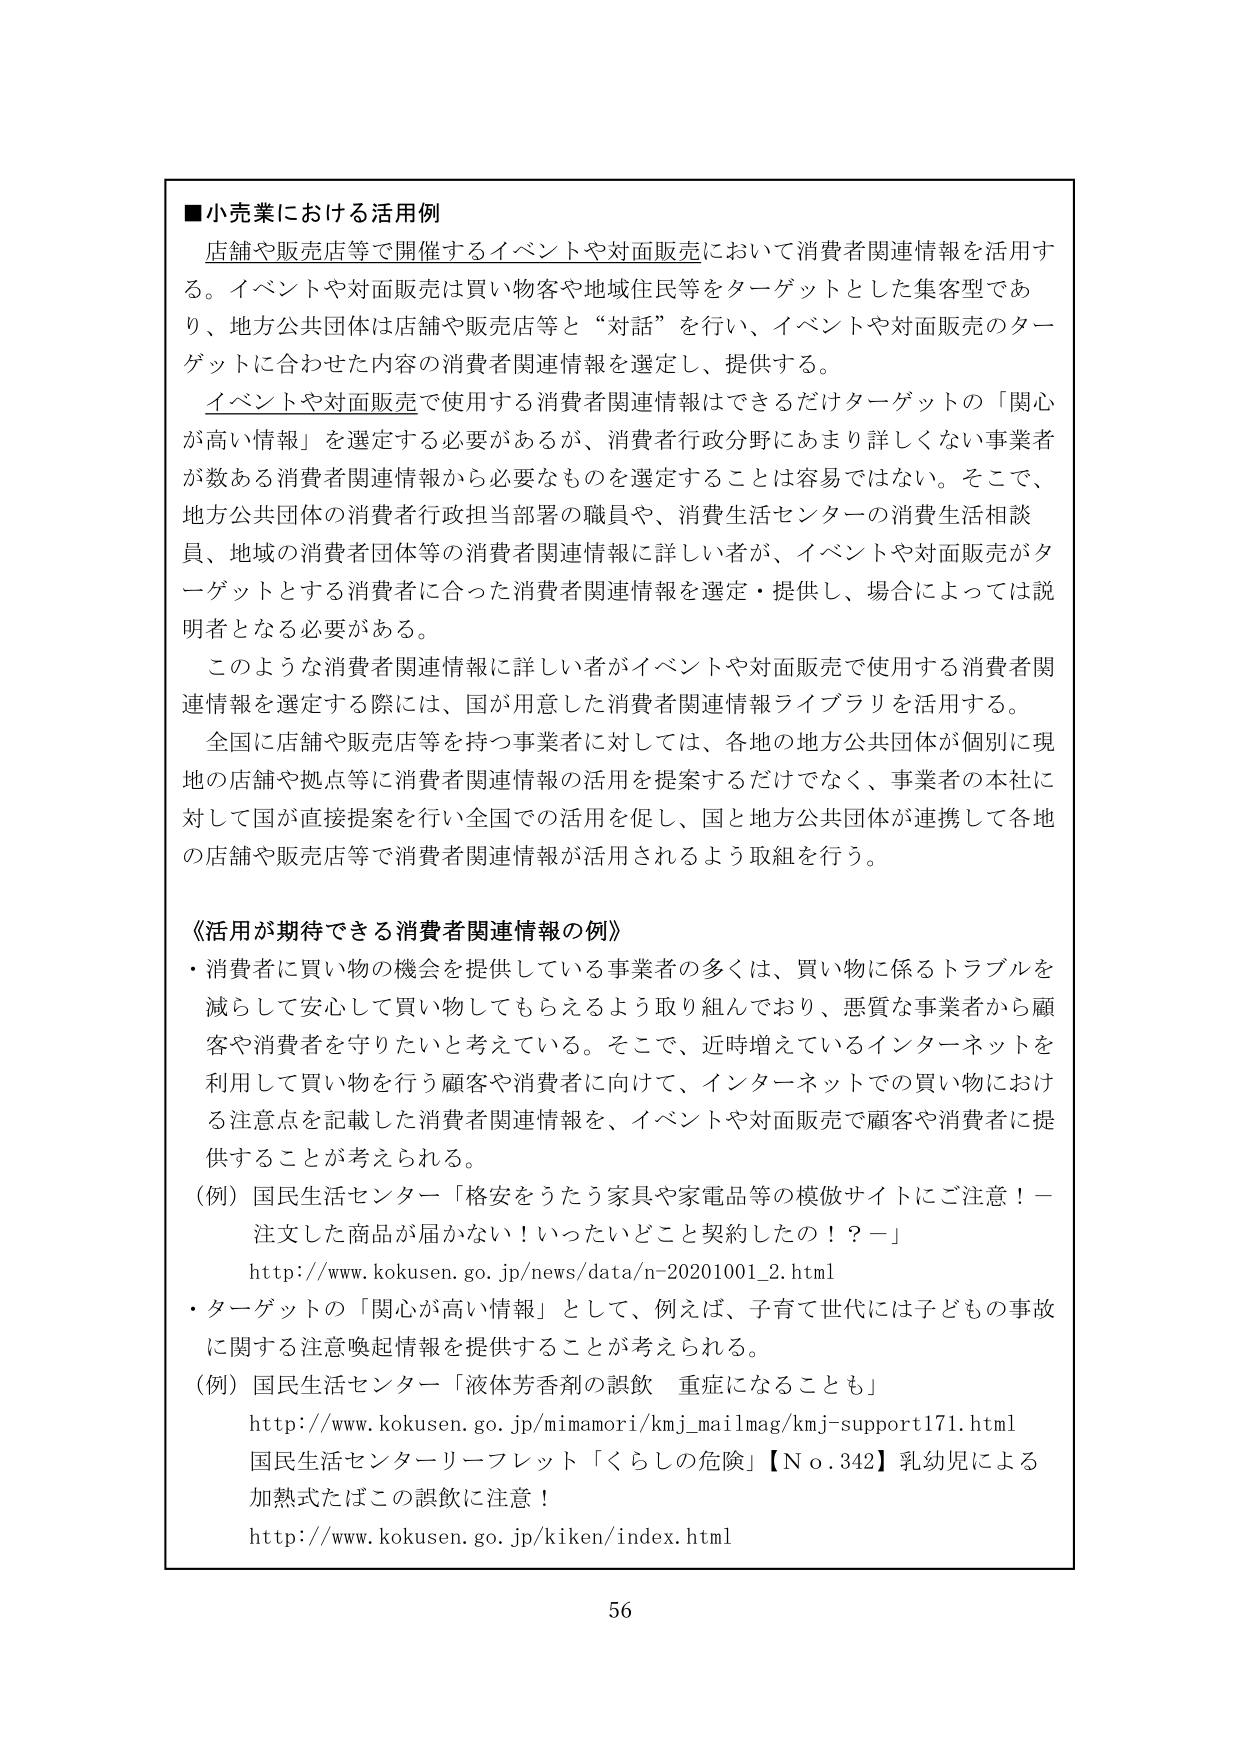
■小売業における活用例
店舗や販売店等で開催するイベントや対面販売において消費者関連情報を活用する。イベントや対面販売は買い物客や地域住民等をターゲットとした集客型であり、地方公共団体は店舗や販売店等と“対話”を行い、イベントや対面販売のターゲットに合わせた内容の消費者関連情報を選定し、提供する。
イベントや対面販売で使用する消費者関連情報はできるだけターゲットの「関心が高い情報」を選定する必要があるが、消費者行政分野にあまり詳しくない事業者が数ある消費者関連情報から必要なものを選定することは容易ではない。そこで、地方公共団体の消費者行政担当部署の職員や、消費生活センターの消費生活相談員、地域の消費者団体等の消費者関連情報に詳しい者が、イベントや対面販売がターゲットとする消費者に合った消費者関連情報を選定・提供し、場合によっては説明者となる必要がある。
このような消費者関連情報に詳しい者がイベントや対面販売で使用する消費者関連情報を選定する際には、国が用意した消費者関連情報ライブラリを活用する。
全国に店舗や販売店等を持つ事業者に対しては、各地の地方公共団体が個別に現地の店舗や拠点等に消費者関連情報の活用を提案するだけでなく、事業者の本社に対して国が直接提案を行い全国での活用を促し、国と地方公共団体が連携して各地の店舗や販売店等で消費者関連情報が活用されるよう取組を行う。

《活用が期待できる消費者関連情報の例》
・消費者に買い物の機会を提供している事業者の多くは、買い物に係るトラブルを減らして安心して買い物してもらえるよう取り組んでおり、悪質な事業者から顧客や消費者を守りたいと考えている。そこで、近時増えていくインターネットを利用して買い物を行う顧客や消費者に向けて、インターネットでの買い物における注意点を記載した消費者関連情報を、イベントや対面販売で顧客や消費者に提供することが考えられる。
（例）国民生活センター「格安をうたう家具や家電品等の模倣サイトにご注意！－注文した商品が届かない！いったいどこと契約したの！？－」
http://www.kokusen.go.jp/news/data/n-20201001_2.html
・ターゲットの「関心が高い情報」として、例えば、子育て世代には子どもの事故に関する注意喚起情報を提供することが考えられる。
（例）国民生活センター「液体芳香剤の誤飲 重症になることも」
http://www.kokusen.go.jp/mimamori/kmj_mailmag/kmj-support171.html
国民生活センターリーフレット「くらしの危険」【No.342】乳幼児による加熱式たばこの誤飲に注意！
http://www.kokusen.go.jp/kiken/index.html

56